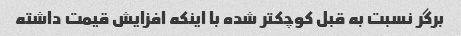
برگر نسبت به قبل کوچکتر شده با اینکه افزایش قیمت داشته